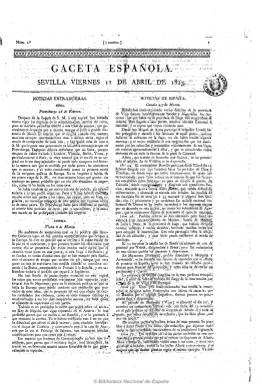
Título: Gaceta española
Colección: Gacetas
Ámbito geográfico: Sevilla
Lugar de publicación: Sevilla
Fechas: 11/04/1823-04/10/1823

Comienza a publicarse en Sevilla el 11 de abril de 1823, a la llegada de Fernando VII, el Gobierno y las Cortes a esta ciudad desde Madrid, tras la incursión en España de las tropas francesas al mando del duque de Angulema (Los Cien mil hijos de San Luis). En su primer número se señala que aparecería en el intervalo en el que se publicaba en la capital la Gaceta de Madrid, que lo hacía el martes, jueves y sábados. Aún así la frecuencia de este periódico oficial y gubernamental en Sevilla no seguirá tales pautas de aparición, que lo hará en números de entre cuatro y seis páginas y foliación seguida y a dos columnas, y con el pié de la Imprenta Nacional.

Además de las noticias extranjeras y de España, algunas extractadas de otros periódicos, publica otras locales, en un momento en que el rey se encontraba en la capital hispalense, pero sobre todo crónicas de las Cortes instaladas aquí, con los correspondientes artículos remitidos (órdenes, decretos, discursos, acuerdos, etc.).

A partir de su número 67, del 19 de junio 1823, la Gaceta española se imprimirá en Cádiz, a donde se traslada el Rey, estampándose con el pié de la Imprenta del Redactor-General, a cargo de J. Lobato, hasta  que el cuatro de octubre de ese mismo año sea estampado su último número, en la denominada Imprenta del Gobierno, al tomar las tropas francesas la Isla de León y Cádiz.

En su Bosquejo histórico…, Juan Pérez de Guzmán da detallada cuenta de los pormenores y vicisitudes de esta gaceta oficial durante este complicado periodo político y militar  y la de sus redactores. Gil Novales concluye que su director será Sebastián Andrés, que el 12 de junio será sustituido por Manuel Narganes, y que entre sus colaboradores se encontraban José Serralde, Manuel Merino y Mariano Adán.

Respecto a su carácter, durante su edición en Sevilla prevalece su signo constitucionalista, y Chaves Rey indica que será el órgano del Gobierno absolutista restablecido en el mes de junio, carácter que Checa Godoy refrenda, aunque será en su último número, de cuatro de octubre, cuando la Gaceta española dé debida cuenta de la restauración absolutista fernandina.